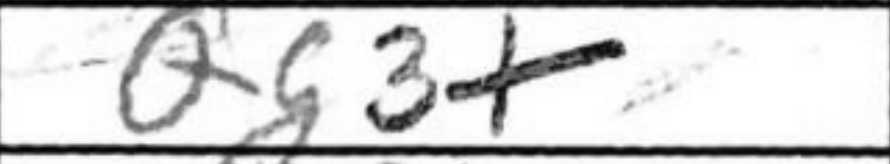
Transcription: Qg3+